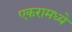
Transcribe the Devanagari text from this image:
एकरामध्ये